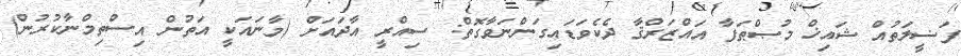
ފަޟީލަތުއް ޝައިޚް މުޞްޠަފާ އައްޒަރްޤާ ދެކެވަޑައިގަންނަވާގޮތް: ސިއްރީ އާދައަށް (މާނައަކީ އަތުން އިސްތިމްނާކުރުން)